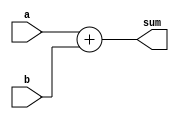
module behavioral_adder (
    input [13:0] a,
    input [13:0] b,
    output [14:0] sum
);
    assign sum = a + b;
endmodule